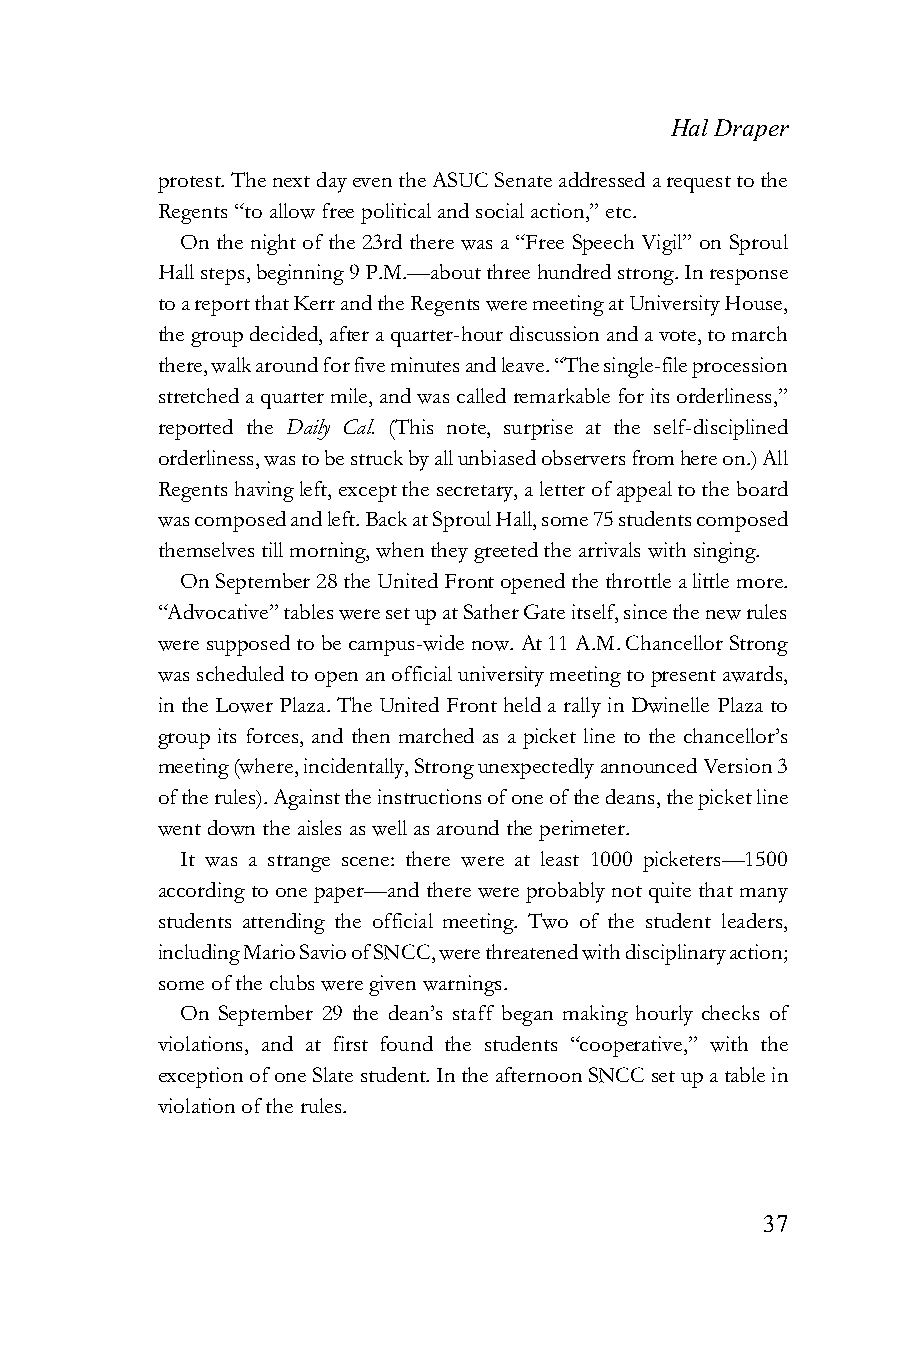
Hal Draper
 protest. The next day even the ASUC Senate addressed a request to the
 Regents “to allow free political and social action,” etc.
 On the night of the 23rd there was a “Free Speech Vigil” on Sproul
 Hall steps, beginning 9 P.M.—about three hundred strong. In response
 to a report that Kerr and the Regents were meeting at University House,
 the group decided, after a quarter-hour discussion and a vote, to march
 there, walk around for five minutes and leave. “The single-file procession
 stretched a quarter mile, and was called remarkable for its orderliness,”
 reported the Daily Cal. (This note, surprise at the self-disciplined
 orderliness, was to be struck by all unbiased observers from here on.) All
 Regents having left, except the secretary, a letter of appeal to the board
 was composed and left. Back at Sproul Hall, some 75 students composed
 themselves till morning, when they greeted the arrivals with singing.
 On September 28 the United Front opened the throttle a little more.
 “Advocative” tables were set up at Sather Gate itself, since the new rules
 were supposed to be campus-wide now. At 11 A.M. Chancellor Strong
 was scheduled to open an official university meeting to present awards,
 in the Lower Plaza. The United Front held a rally in Dwinelle Plaza to
 group its forces, and then marched as a picket line to the chancellor’s
 meeting (where, incidentally, Strong unexpectedly announced Version 3
 of the rules). Against the instructions of one of the deans, the picket line
 went down the aisles as well as around the perimeter.
 It was a strange scene: there were at least 1000 picketers—1500
 according to one paper—and there were probably not quite that many
 students attending the official meeting. Two of the student leaders,
 including Mario Savio of SNCC, were threatened with disciplinary action;
 some of the clubs were given warnings.
 On September 29 the dean’s staff began making hourly checks of
 violations, and at first found the students “cooperative,” with the
 exception of one Slate student. In the afternoon SNCC set up a table in
 violation of the rules.
 37